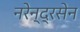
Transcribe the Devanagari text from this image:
नरेन्द्रसेन